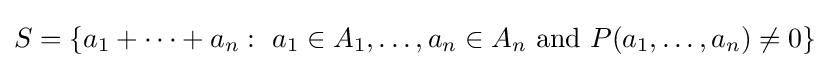
S=\{a_{1}+\cdots +a_{n}:\ a_{1}\in A_{1},\ldots ,a_{n}\in A_{n}\ \mathrm {and} \ P(a_{1},\ldots ,a_{n})\not =0\}